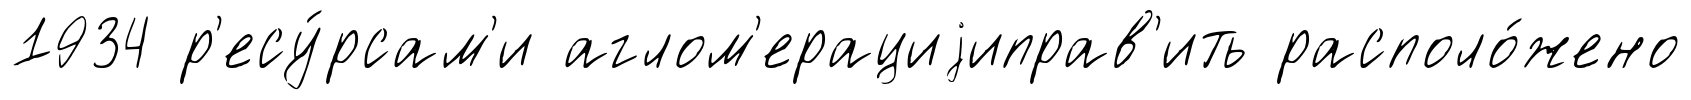
1934 р'есу́рсам'и аглом'ерациjиправ'ить располо́жено